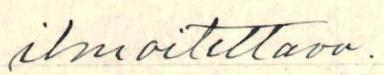
ilmoitettava.